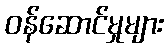
ဝန်ဆောင်မှုများ